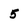
Character: 5